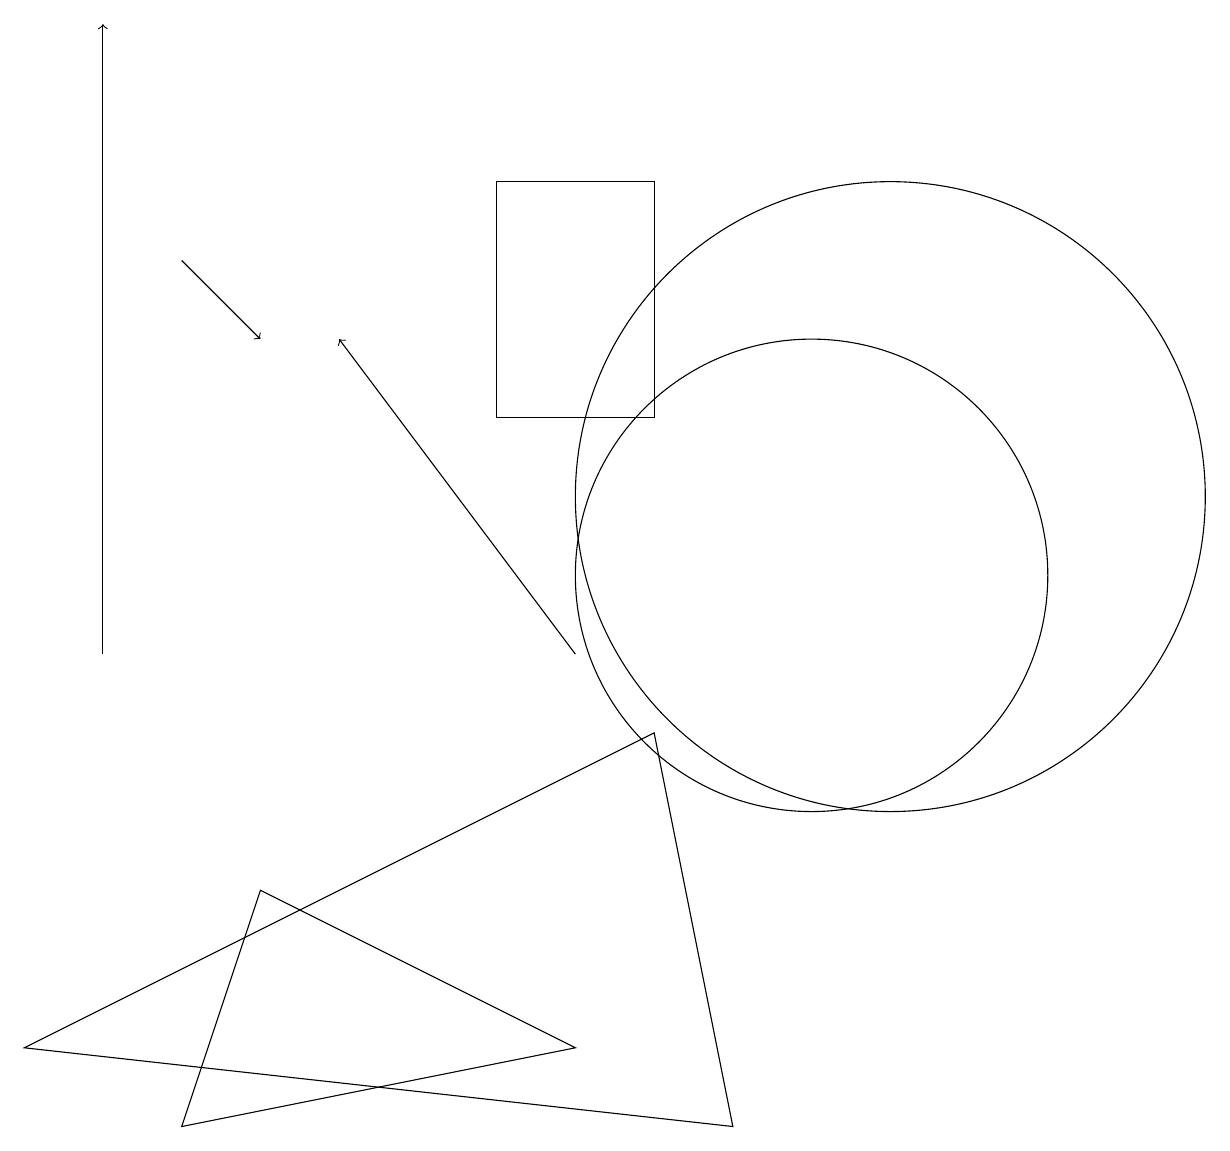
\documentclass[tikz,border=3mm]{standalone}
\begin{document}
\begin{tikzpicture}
\draw[->] (7,10) -- (4,14);
\draw (9,4) -- (8,9) -- (0,5) -- cycle;
\draw[->] (2,15) -- (3,14);
\draw (10,11) circle (3);
\draw[->] (1,10) -- (1,18);
\draw (2,4) -- (3,7) -- (7,5) -- cycle;
\draw (11,12) circle (4);
\draw (8,13) rectangle (6,16);
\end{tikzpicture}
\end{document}